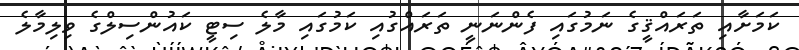
ކަމަށާއި ތަރައްޤީގެ ނަމުގައި ފެންނަނީ ތަރައްގުއި ކަމުގައި މާލެ ސިޓީ ކައުންސިލްގެ ވިލިމާލެ